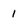
Character: 1